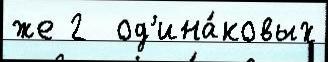
же 2  од'ина́ковых